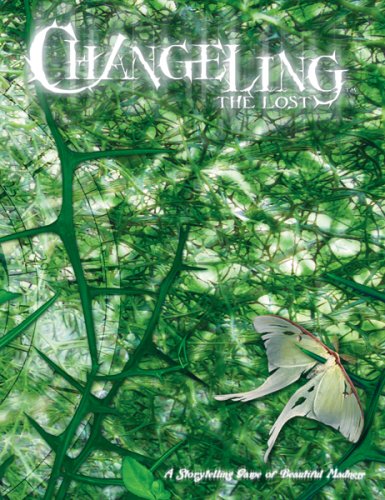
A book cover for Changeling: the Lost; Matt McFarland; Science Fiction & Fantasy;